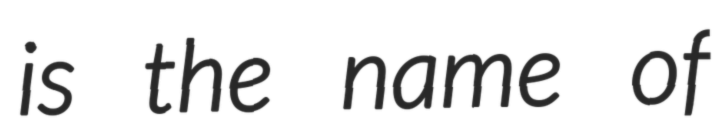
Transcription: is the name of